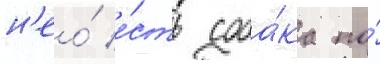
н'ео́ е́сть соба́ка по́